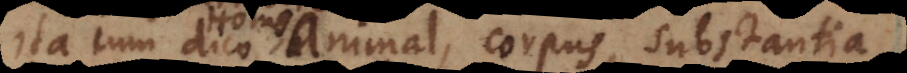
Ita cum dico Animal, corpus, substantia